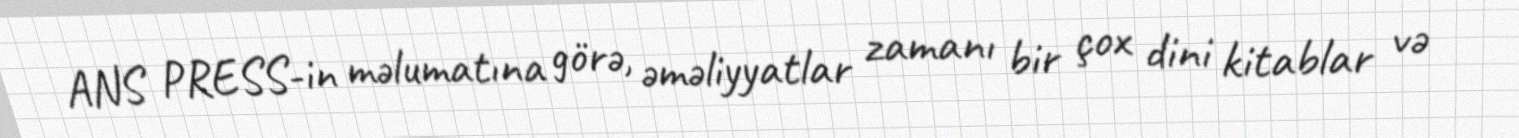
ANS PRESS-in məlumatına görə, əməliyyatlar zamanı bir çox dini kitablar və